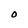
Character: O